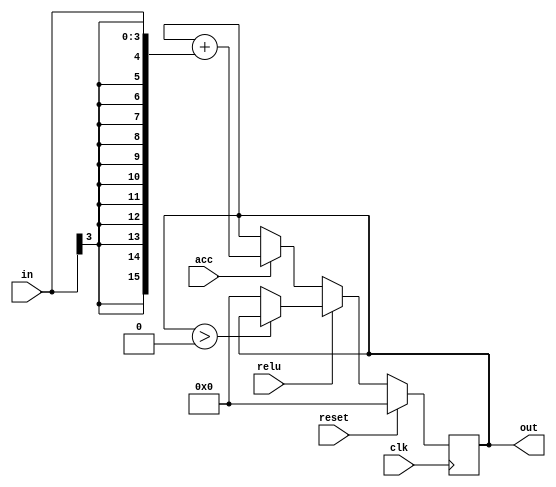
// Created by prof. Mingu Kang @VVIP Lab in UCSD ECE department
// Please do not spread this code without permission 
module sfp (out, in, acc, relu, clk, reset);

parameter bw = 4;
parameter psum_bw = 16;

input clk;
input acc;
input relu;
input reset;
input signed [bw-1:0] in;
output signed [psum_bw-1:0] out;

reg [psum_bw-1:0]extend_in;

reg signed [psum_bw-1:0] psum_q;
wire signed [psum_bw-1:0] psum_relu;

always @(posedge clk) begin
    if (reset == 1)
        psum_q <= 0;
    else begin
        if (acc == 1)
        psum_q <= psum_q + {{(psum_bw-bw){in[bw-1]}}, in};
        if (relu == 1)
        psum_q <= (psum_q>0)? psum_q : 0;
    end
        
end

assign psum_relu = (psum_q>0)? psum_q : 0;

assign out = psum_q;

endmodule